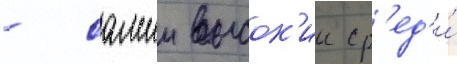
- самыи высок'ии ср'ед'и́